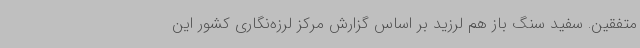
متفقین. سفید سنگ باز هم لرزید بر اساس گزارش مرکز لرزه‌نگاری کشور این